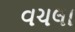
વચલા